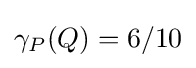
\gamma _{P}(Q)=6/10